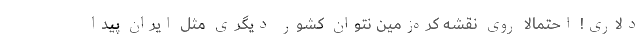
دلاری! احتمالاً روی نقشه کره‌زمین نتوان کشور دیگری مثل ایران پیدا